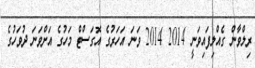
ރިލްވާން ގެއްލިފައިވަނީ 2014 2014 ވަނަ އަހަރުގެ އޮގަސްޓް މަހުގެ އަށްވަނަ ދުވަހުގެ